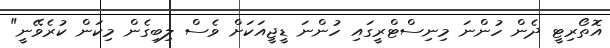
އޮތޯރިޓީ ދެން ހުންނަ މިނިސްޓްރީގައި ހުންނަ ޑީޖީއަކަށް ވެސް ލިބިގެން މިކަން ކުރެވޭނީ"